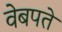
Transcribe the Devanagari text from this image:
वेबपते